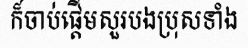
ក៏ចាប់ផ្តើមសួរបងប្រុសទាំង